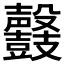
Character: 𪔰